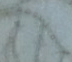
أقتلوهم